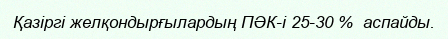
Қазіргі желқондырғылардың ПӘК-і 25-30 %  аспайды.